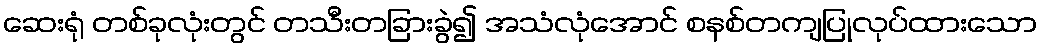
ဆေးရုံ တစ်ခုလုံးတွင် တသီးတခြားခွဲ၍ အသံလုံအောင် စနစ်တကျပြုလုပ်ထားသော